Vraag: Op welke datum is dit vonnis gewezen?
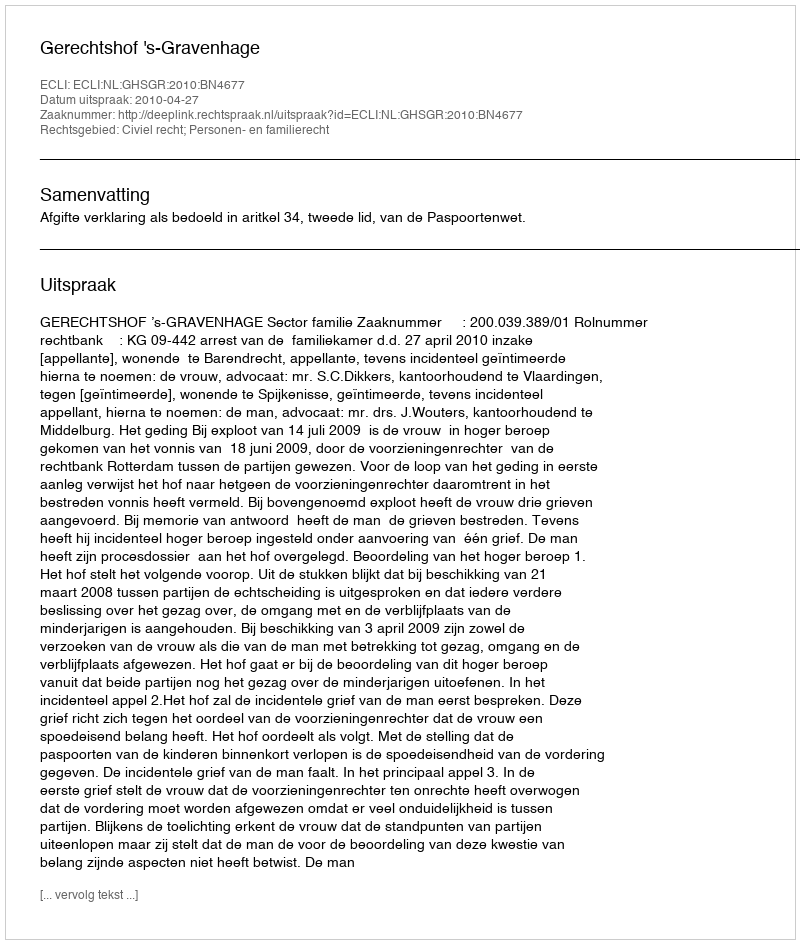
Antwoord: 2010-04-27